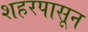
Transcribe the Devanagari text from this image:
शहरपासून